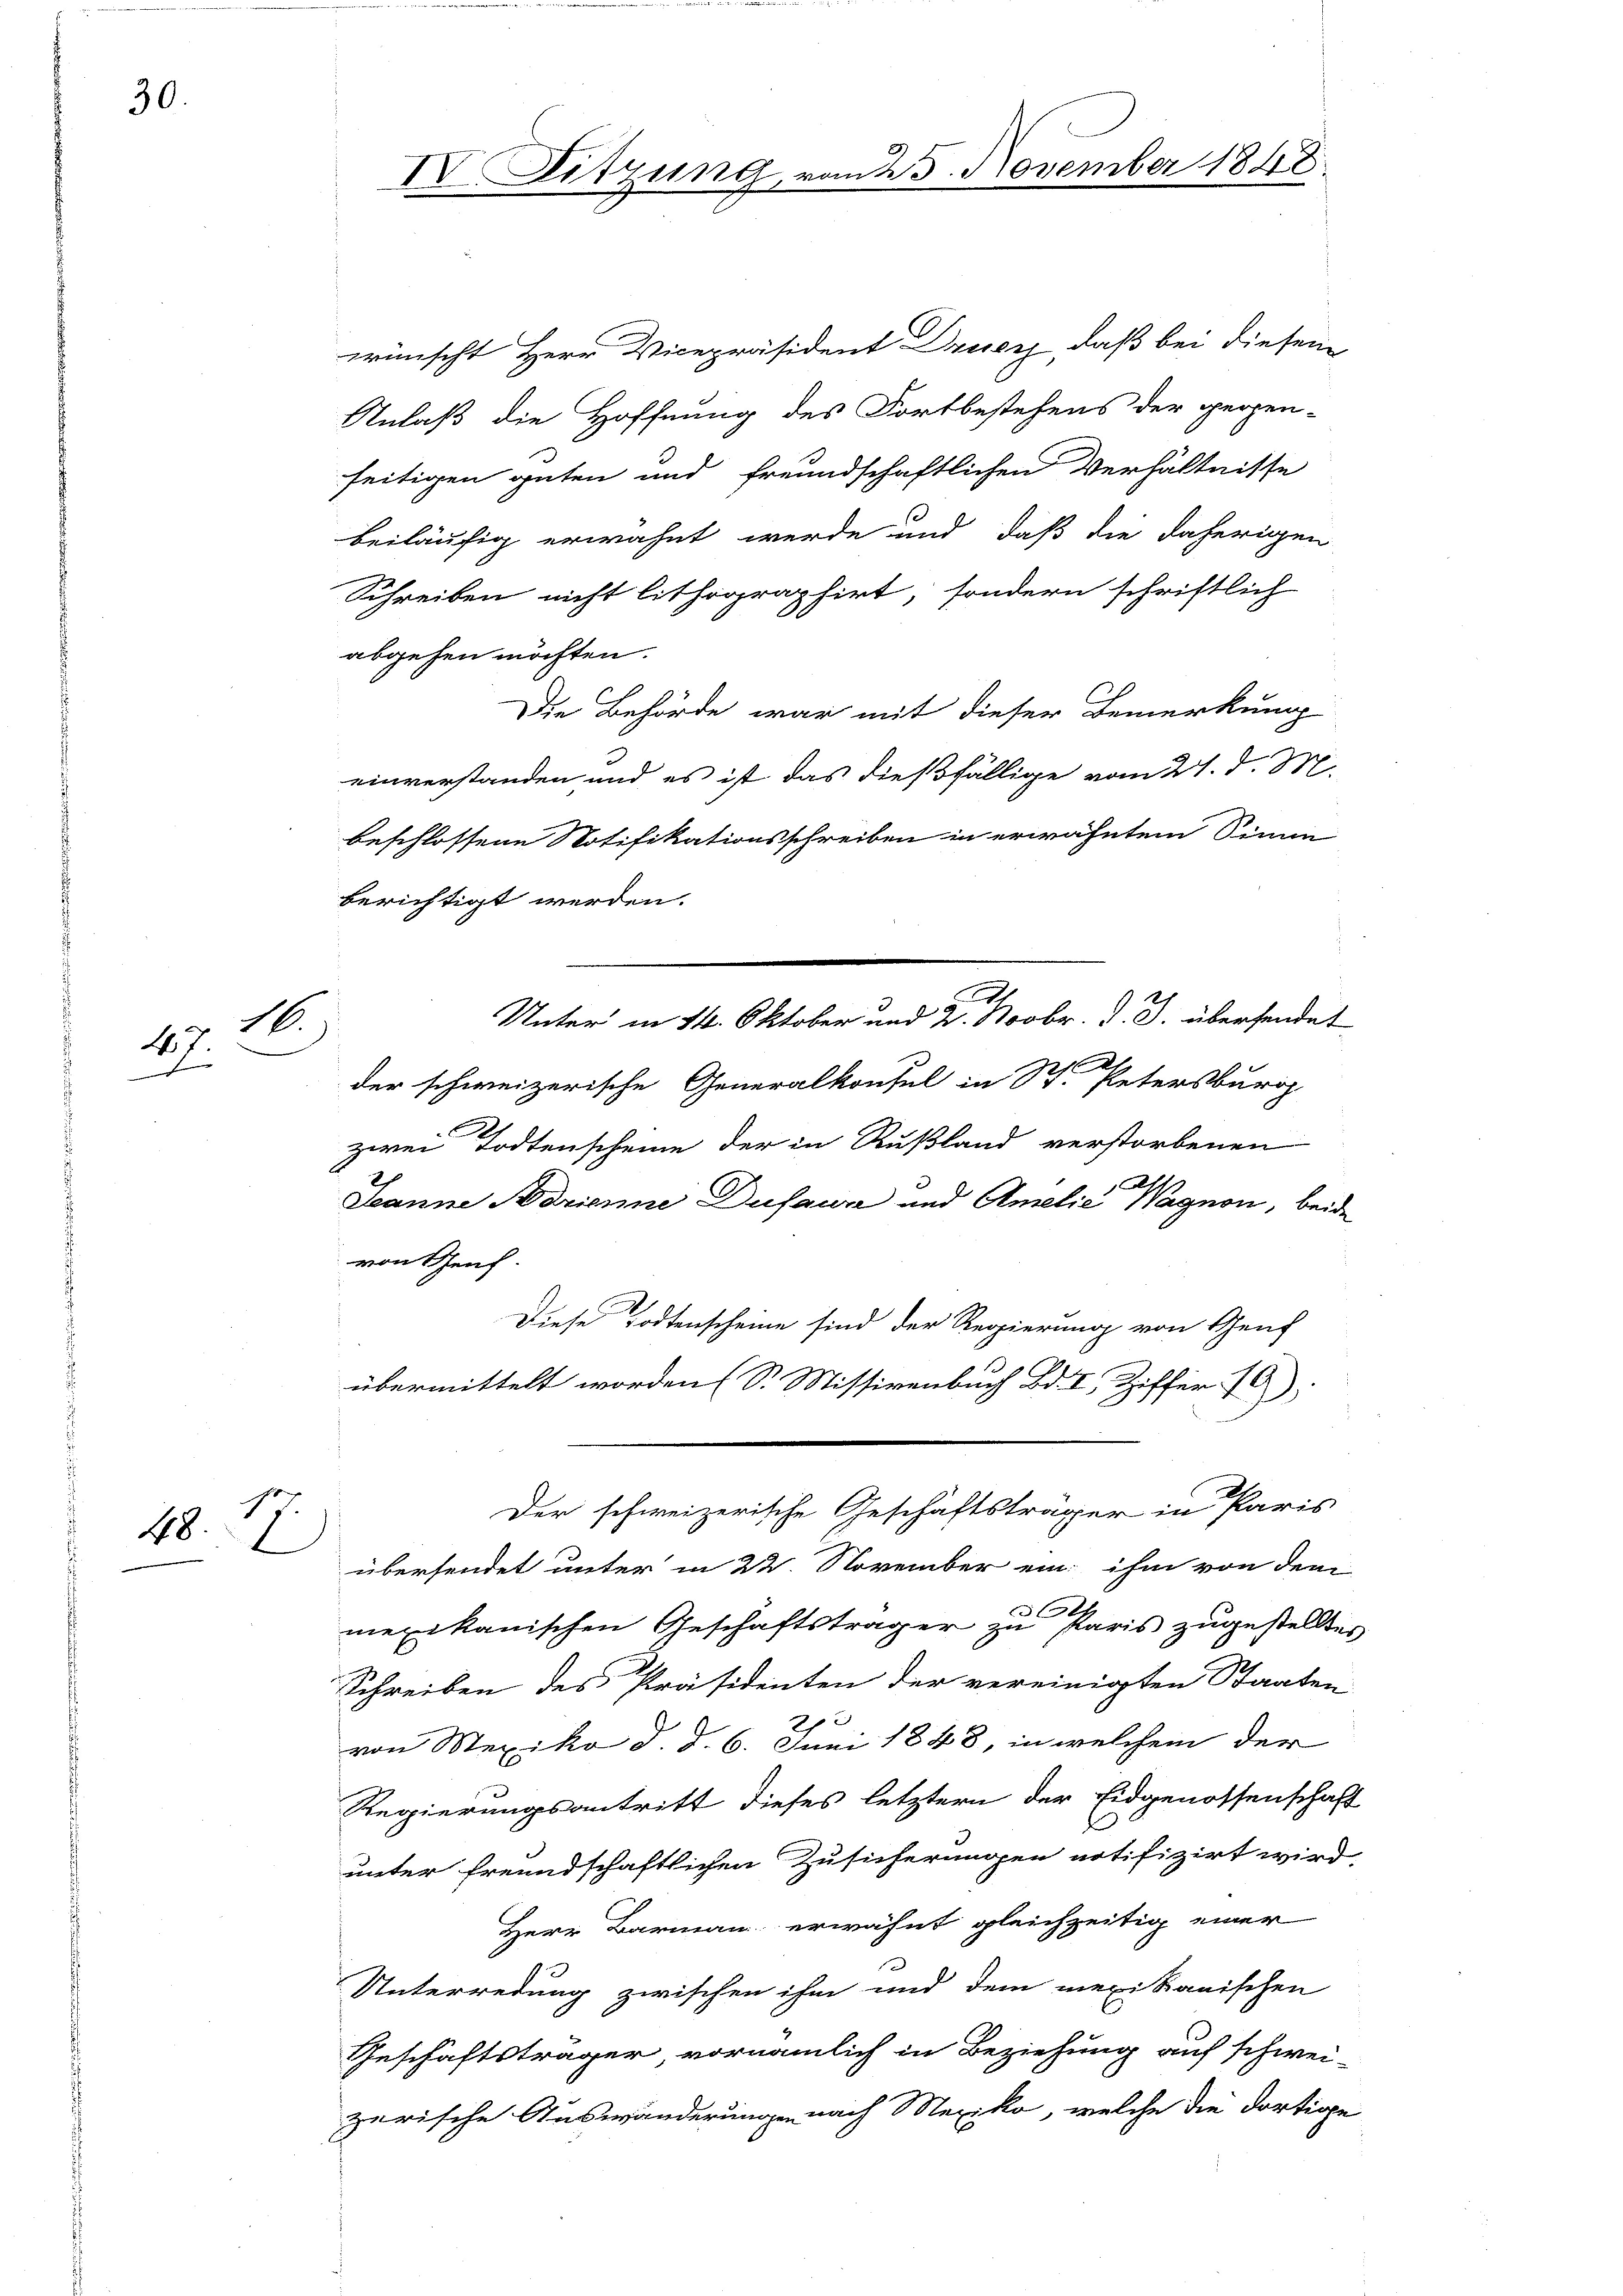
30.

16.
1.
e
d

so
48.
l

wünscht Herr Vicepräsident Druck, daß bei diesem
Anlaß die Hoffnung des Fortbestehens der perpen-
seitigen guten und freundschaftlichen Verhältnisse
beiläufig erwähnt werde und daß die daherigen
Schreiben nicht lithographirt, sondern schriftlich
abgehen möchten.
Die Behörde war mit dieser Bemerkung
einverstanden und es ist das dießfällige vom 21. d. M.
beschlossene Notifikationsschreiben in erwähntem Sinne
berichtigt werden.
Unter in 14. Oktober und 2. Novbr. J. J. übersendet
2
der schweizerische Generalkonsul in St. Petersburg
E
zwei Todtenscheine der in Rußland verstorbenen
2
Seanne orienne Dufaur und Amelić Wagnon, beide
von Genf.
Diese Todtenscheine sind der Regierung von Genf
übermittelt worden (S. Missivenbuch Bd. I Ziffer G
Der schweizerische Geschäftsträger in Paris
übersendet unter in 22. November ein ihm von dem
mexikanischen Geschäftsträger zu Paris zugestelltes
Schreiben des Präsidenten der vereinigten Staaten
von Mexiko d. d. 6. Juni 1848, in welchem der
Regierungsantritt dieses letztern der Eidgenossenschaft
unter freundschaftlichen Zusicherungen notifizirt wird.
Herr Barmann erwähnt gleichzeitig einer
Unterredung zwischen ihm und dem mexikanischen
Geschäftsträger vornämlich in Beziehung auf schwei-
zerische Auswänderungen nach Mexiko, welche die dortige

IV. Sitzung, vom 25. November 1848